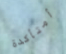
أمتأكدة